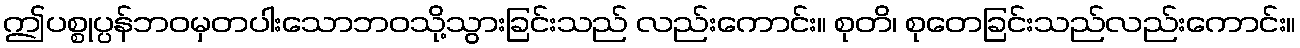
ဤပစ္စုပ္ပန်ဘဝမှတပါးသောဘဝသို့သွားခြင်းသည် လည်းကောင်း။ စုတိ၊ စုတေခြင်းသည်လည်းကောင်း။